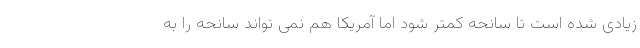
زیادی شده است تا سانحه کمتر شود اما آمریکا هم نمی تواند سانحه را به